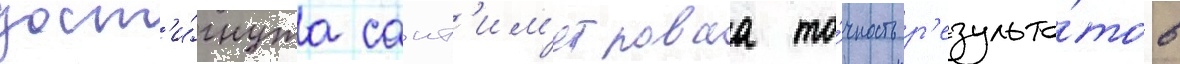
дост'и́гнута сант'им'етроваа то́чность р'езульта́тов